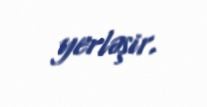
yerləşir.